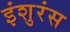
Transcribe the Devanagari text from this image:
इंशुरंस